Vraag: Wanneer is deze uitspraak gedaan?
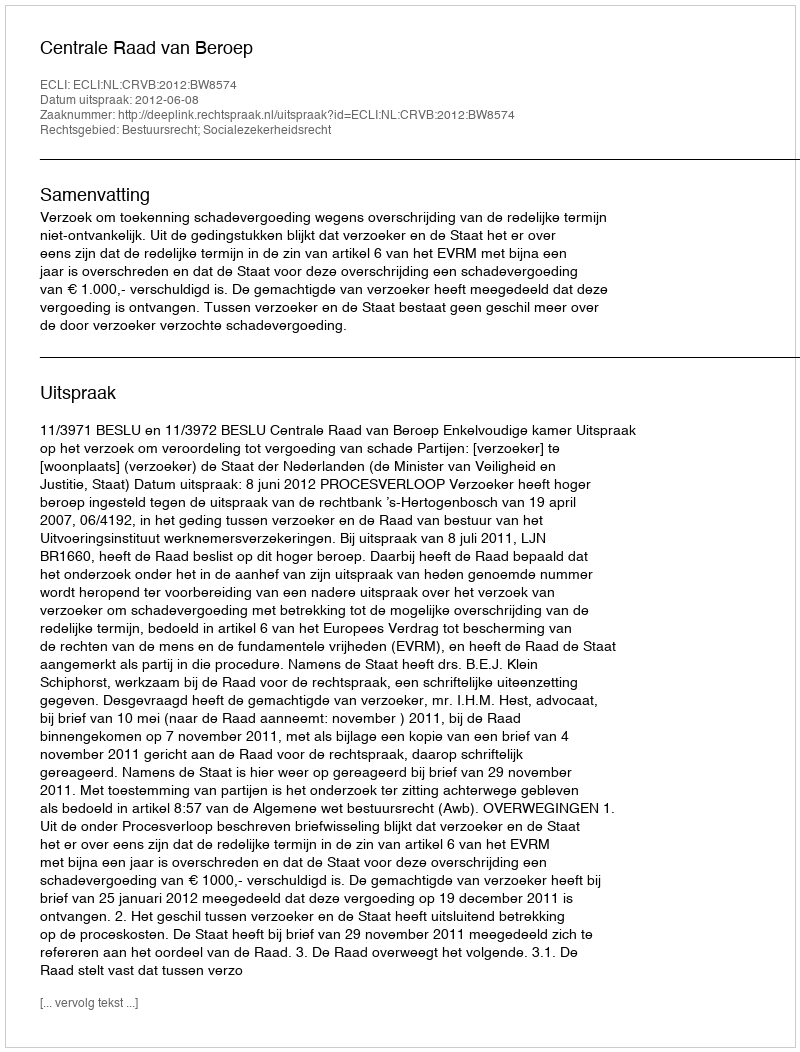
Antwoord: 2012-06-08